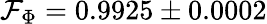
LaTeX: \mathcal{F}_{\Phi}=0.9925\pm 0.0002